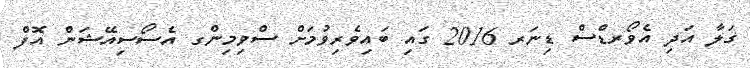
ގަލާ އަދި އެވޯރޑްސް ޑިނަރ 2016 ގައި ބައިވެރިވުމަށް ސްވިމިންގ އެސޯސިއޭޝަން އޮފް